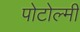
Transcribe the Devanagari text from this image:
पोटोल्मी